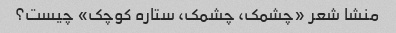
منشا شعر «چشمک، چشمک، ستاره کوچک» چیست؟